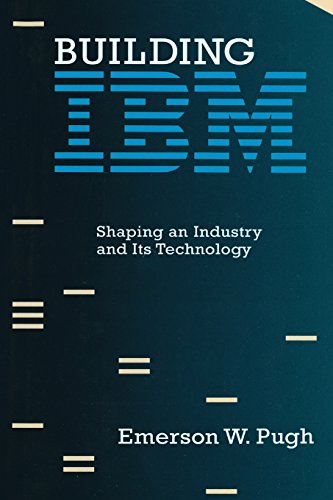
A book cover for Building IBM: Shaping an Industry and Its Technology (History of Computing); Emerson W. Pugh; Computers & Technology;